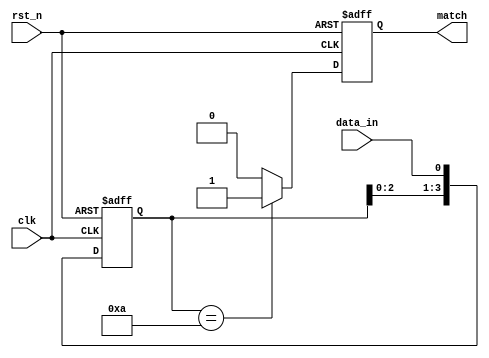
module pattern_detector #(
    parameter PATTERN_LENGTH = 4 // Length of the pattern to detect
)(
    input wire clk,               // Clock signal
    input wire rst_n,             // Active low reset
    input wire data_in,           // Input data signal
    output reg match              // Output signal indicating a match
);

// Internal signals
reg [PATTERN_LENGTH-1:0] shift_reg; // Shift register for input data
reg [PATTERN_LENGTH-1:0] pattern_reg; // Register to hold the pattern

// Initialize the pattern (this can be modified as needed)
initial begin
    pattern_reg = 4'b1010; // Example pattern: 1010
end

// Sequential logic for shift register
always @(posedge clk or negedge rst_n) begin
    if (!rst_n) begin
        shift_reg <= 0; // Reset shift register
        match <= 0;     // Reset match output
    end else begin
        // Shift the register and capture the input data
        shift_reg <= {shift_reg[PATTERN_LENGTH-2:0], data_in};

        // Check for a match
        if (shift_reg == pattern_reg) begin
            match <= 1; // Set match if the pattern is found
        end else begin
            match <= 0; // Clear match if no pattern is found
        end
    end
end

endmodule